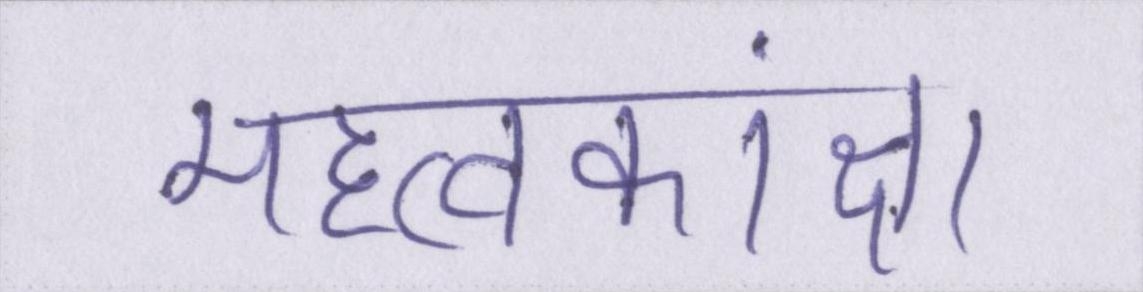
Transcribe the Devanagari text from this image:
महत्वकांक्षा